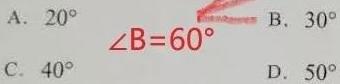
$\angle B = 60^{\circ}$